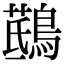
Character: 𪃖